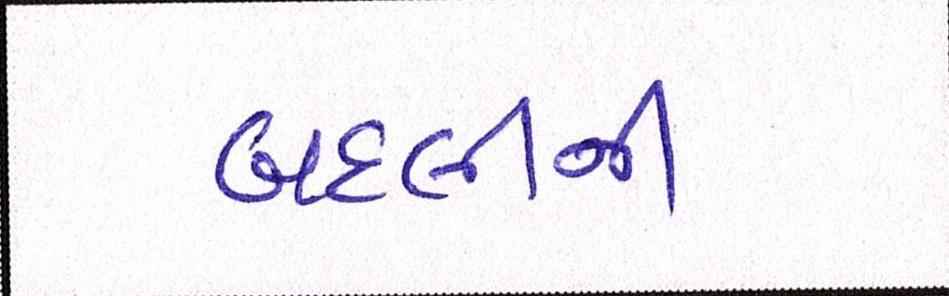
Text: બદલીની